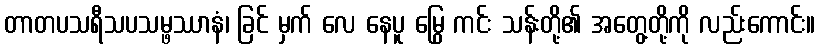
တာတပသရီသပသမ္ဖဿာနံ၊ ခြင် မှက် လေ နေပူ မြွေ ကင်း သန်းတို့၏ အတွေ့တို့ကို လည်းကောင်း။